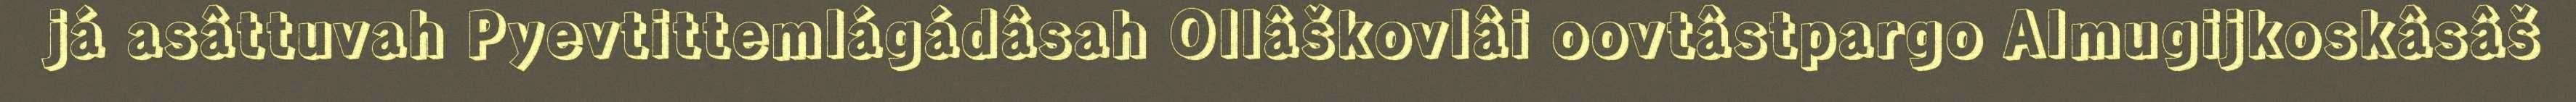
já asâttuvah Pyevtittemlágádâsah Ollâškovlâi oovtâstpargo Almugijkoskâsâš